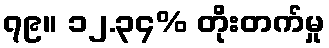
၇၉။ ၁၂.၃၄% တိုးတက်မှု